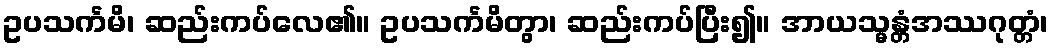
ဥပသင်္ကမိ၊ ဆည်းကပ်လေ၏။ ဥပသင်္ကမိတွာ၊ ဆည်းကပ်ပြီး၍။ အာယသ္မန္တံအဿဂုတ္တံ၊